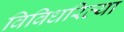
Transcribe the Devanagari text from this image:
विविधरित्या